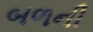
બળની